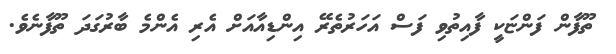
ތޫފާން ފަންޏަކީ ފާއިތުވި ފަސް އަހަރުތެރޭ އިންޑިއާއަށް އެރި އެންމެ ބާރުގަދަ ތޫފާނެވެ.